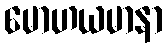
မောဟယမာနာ